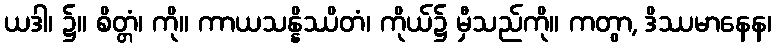
ယဒါ၊ ၌။ စိတ္တံ၊ ကို။ ကာယသန္နိဿိတံ၊ ကိုယ်၌ မှီသည်ကို။ ကတွာ, ဒိဿမာနေန၊